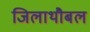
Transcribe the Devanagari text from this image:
जिलाथौबल